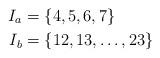
LaTeX: \begin{align*}I_a &= \{ 4, 5, 6, 7 \} \\I_b &= \{ 12, 13, \dots, 23 \}\end{align*}